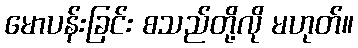
မောပန်းခြင်း စသည်တို့လို မဟုတ်။